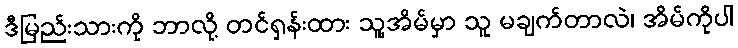
ဒီမြည်းသားကို ဘာလို့ တင်ရှန်းထား သူ့အိမ်မှာ သူ မချက်တာလဲ၊ အိမ်ကိုပါ